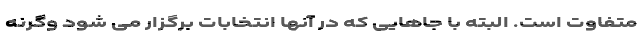
متفاوت است. البته با جاهایی که در آنها انتخابات برگزار می شود وگرنه